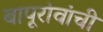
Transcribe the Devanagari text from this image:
बापूरांवांची